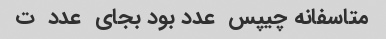
متاسفانه چیپس  عدد بود بجای  عدد  ت